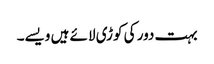
بہت دور کی کوڑی لائے ہیں ویسے۔